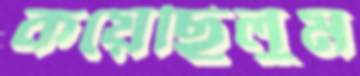
কয়েছিলুম